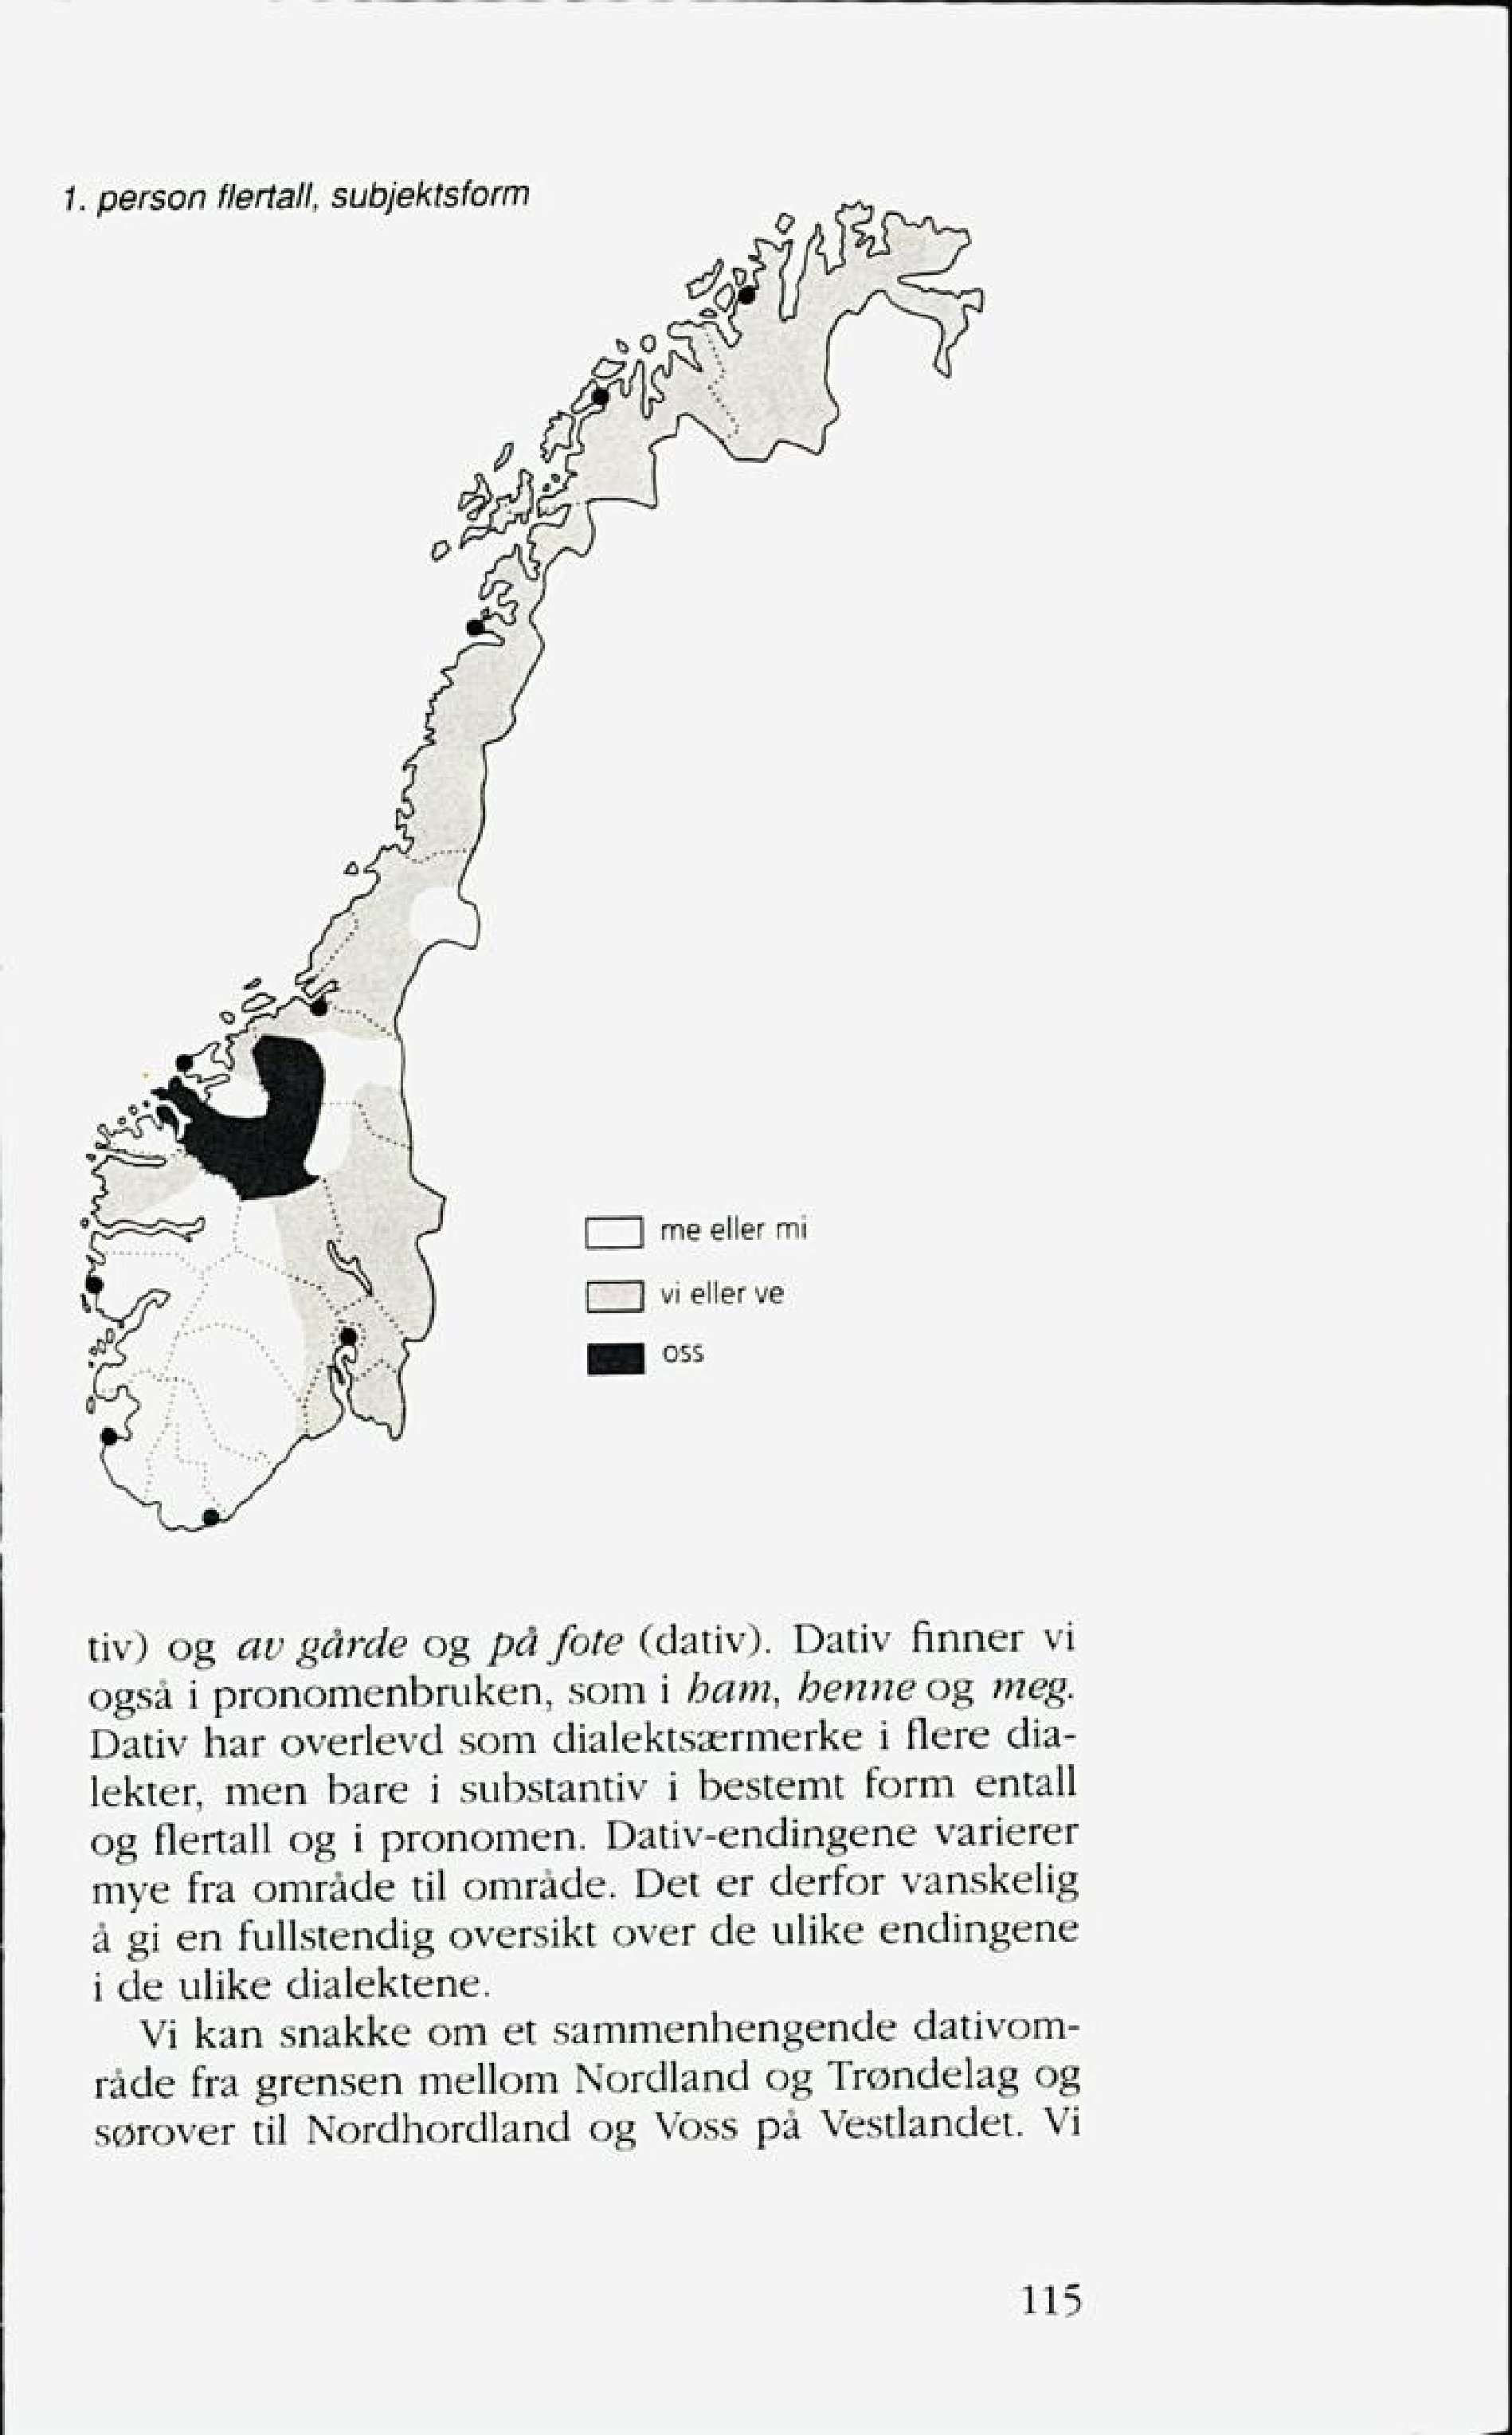
Language: no